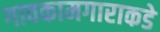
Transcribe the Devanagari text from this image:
गावकामगाराकडे